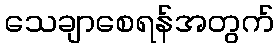
သေချာစေရန်အတွက်